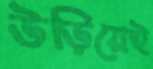
উড়িয়েই